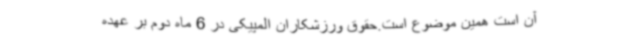
آن است همین موضوع است.حقوق ورزشکاران المپیکی در 6 ماه دوم بر عهده